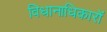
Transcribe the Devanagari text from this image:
विधानाधिकारों